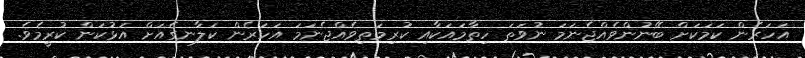
އަހަރެން ކަމަކަށް ބޭނުންވެއްޖެނަަމަ ނުވަތަ ހިތާމައަކާއި ކުރިމަތިވެއްޖެނަމަ އަހަރެން ކަލާނގެއަށް އަޅުކަން ކުރީމެވެ.